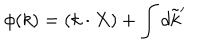
LaTeX: \phi ( k ) = ( k \cdot X ) + \int d \tilde { k } ^ { \prime }